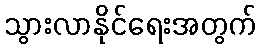
သွားလာနိုင်ရေးအတွက်